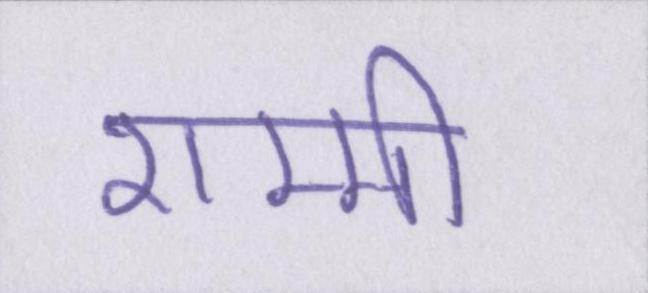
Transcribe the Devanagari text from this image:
शम्मी